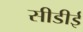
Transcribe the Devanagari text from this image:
सीडीई